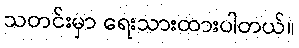
သတင်းမှာ ရေးသားထားပါတယ်။